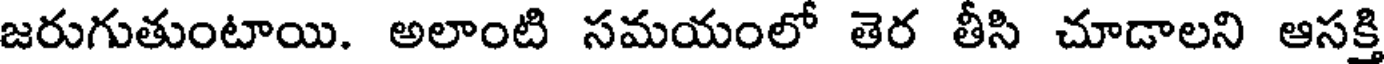
జరుగుతుంటాయి. అలాంటి సమయంలో తెర తీసి చూడాలని ఆసక్తి